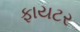
ફાયટર